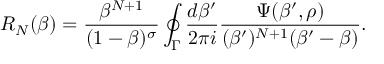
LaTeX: R _ { N } ( \beta ) = { \frac { \beta ^ { N + 1 } } { ( 1 - \beta ) ^ { \sigma } } } \oint _ { \Gamma } { \frac { d \beta ^ { \prime } } { 2 \pi i } } { \frac { \Psi ( \beta ^ { \prime } , \rho ) } { ( \beta ^ { \prime } ) ^ { N + 1 } ( \beta ^ { \prime } - \beta ) } } .